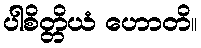
ပါစိတ္တိယံ ဟောတိ။